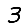
Digit: 3